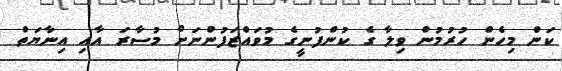
ކަން މިހެން ހުރުމުން ވިލާ ގެ ކުންފުނީގެ މުވައްޒަފުންނަށް މުސާރަ އާއި އިނާޔަތް